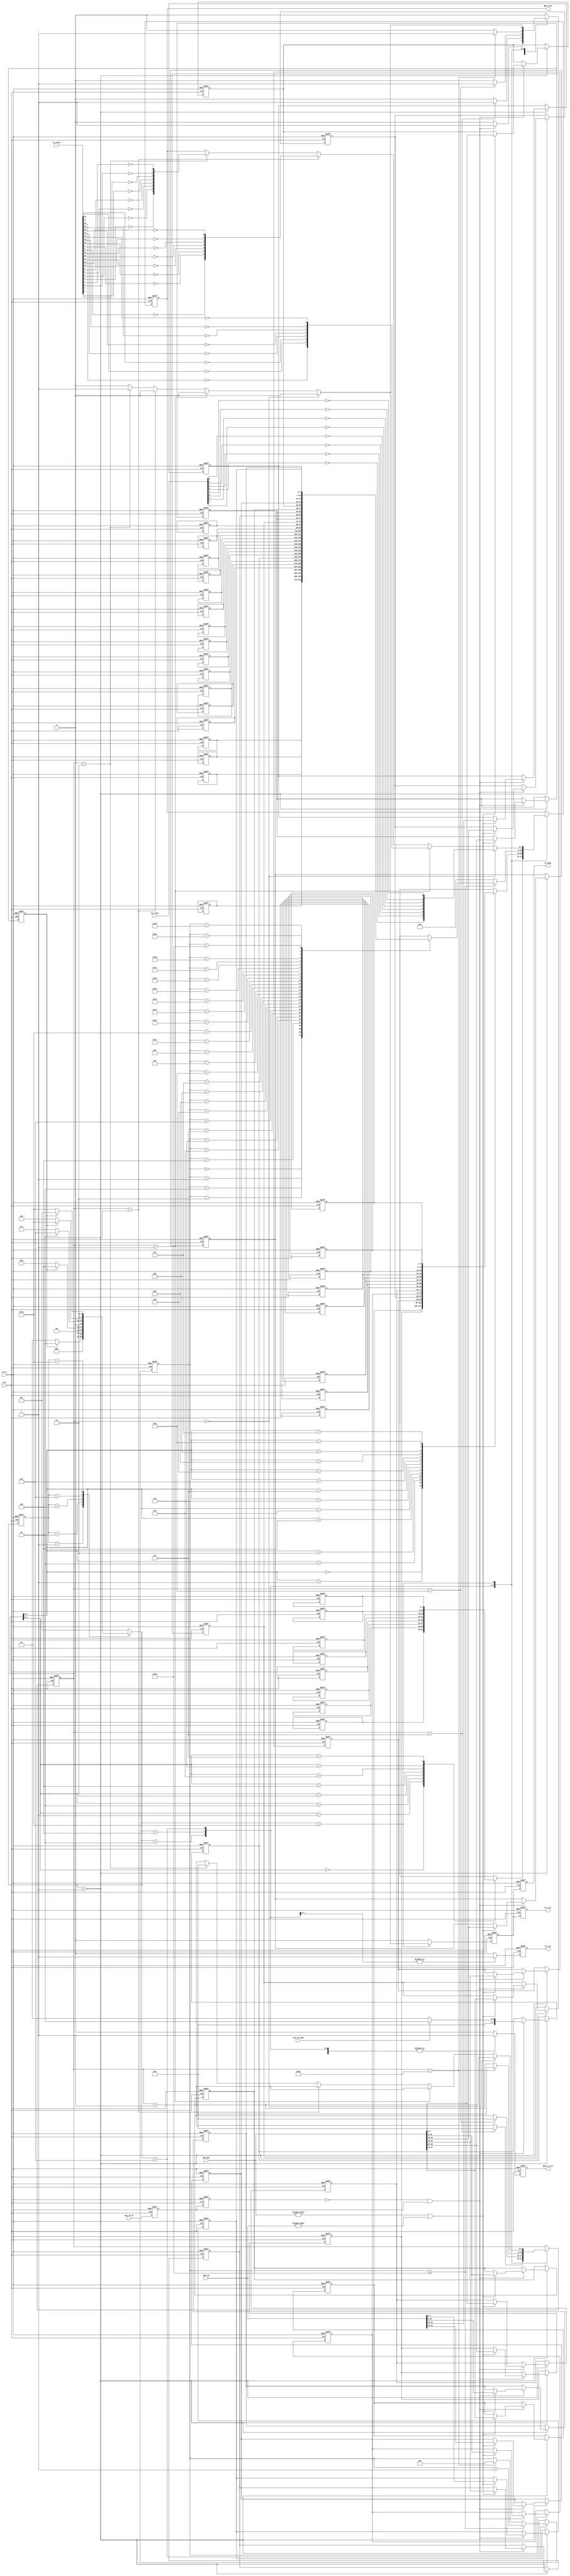
//****************************************Copyright (c)***********************************//
//www.yuanzige.com
//www.openedv.com
//http://openedv.taobao.com 
//""ZYNQ & FPGA & STM32 & LINUX
//
//Copyright(C)  2018-2028
//All rights reserved                                  
//----------------------------------------------------------------------------------------
// File name:           arp_tx
// Last modified Date:  2020/2/13 9:20:14
// Last Version:        V1.0
// Descriptions:        arp
//----------------------------------------------------------------------------------------
// Created by:          
// Created date:        2020/2/13 9:20:14
// Version:             V1.0
// Descriptions:        The original version
//
//----------------------------------------------------------------------------------------
//****************************************************************************************//

module arp_tx( 
    input                clk        , //
    input                rst_n      , //
    
    input                arp_tx_en  , //ARP
    input                arp_tx_type, //ARP 0:  1:
    input        [47:0]  des_mac    , //MAC
    input        [31:0]  des_ip     , //IP
    input        [31:0]  crc_data   , //CRC
    input         [7:0]  crc_next   , //CRC
    output  reg          tx_done    , //
    output  reg          gmii_tx_en , //GMII
    output  reg  [7:0]   gmii_txd   , //GMII
    output  reg          crc_en     , //CRC
    output  reg          crc_clr      //CRC 
    );

//parameter define
//MAC 00-11-22-33-44-55
parameter BOARD_MAC = 48'h00_11_22_33_44_55;
//IP 192.168.1.10
parameter BOARD_IP  = {8'd192,8'd168,8'd1,8'd10}; 
//MAC ff_ff_ff_ff_ff_ff
parameter  DES_MAC   = 48'hff_ff_ff_ff_ff_ff;
//IP 192.168.1.102     
parameter  DES_IP    = {8'd192,8'd168,8'd1,8'd102};

localparam  st_idle      = 5'b0_0001; //
localparam  st_preamble  = 5'b0_0010; //+
localparam  st_eth_head  = 5'b0_0100; //
localparam  st_arp_data  = 5'b0_1000; //
localparam  st_crc       = 5'b1_0000; //CRC

localparam  ETH_TYPE     = 16'h0806 ; // ARP
localparam  HD_TYPE      = 16'h0001 ; // 
localparam  PROTOCOL_TYPE= 16'h0800 ; //IP
//46,
localparam  MIN_DATA_NUM = 16'd46   ;    

//reg define
reg  [4:0]  cur_state     ;
reg  [4:0]  next_state    ;
                          
reg  [7:0]  preamble[7:0] ; //+SFD
reg  [7:0]  eth_head[13:0]; //
reg  [7:0]  arp_data[27:0]; //ARP
                            
reg         tx_en_d0      ; //arp_tx_en
reg         tx_en_d1      ; 
reg         skip_en       ; //
reg  [5:0]  cnt           ; 
reg  [4:0]  data_cnt      ; //
reg         tx_done_t     ; 
                                
//wire define                   
wire        pos_tx_en     ; //arp_tx_en

//*****************************************************
//**                    main code
//*****************************************************

assign  pos_tx_en = (~tx_en_d1) & tx_en_d0;
                           
//arp_tx_en,arp_tx_en
always @(posedge clk or negedge rst_n) begin
    if(!rst_n) begin
        tx_en_d0 <= 1'b0;
        tx_en_d1 <= 1'b0;
    end    
    else begin
        tx_en_d0 <= arp_tx_en;
        tx_en_d1 <= tx_en_d0;
    end
end 

//()
always @(posedge clk or negedge rst_n) begin
    if(!rst_n)
        cur_state <= st_idle;  
    else
        cur_state <= next_state;
end

//
always @(*) begin
    next_state = st_idle;
    case(cur_state)
        st_idle : begin                     //
            if(skip_en)                
                next_state = st_preamble;
            else
                next_state = st_idle;
        end                          
        st_preamble : begin                 //+
            if(skip_en)
                next_state = st_eth_head;
            else
                next_state = st_preamble;      
        end
        st_eth_head : begin                 //
            if(skip_en)
                next_state = st_arp_data;
            else
                next_state = st_eth_head;      
        end              
        st_arp_data : begin                 //ARP                      
            if(skip_en)
                next_state = st_crc;
            else
                next_state = st_arp_data;      
        end
        st_crc: begin                       //CRC
            if(skip_en)
                next_state = st_idle;
            else
                next_state = st_crc;      
        end
        default : next_state = st_idle;   
    endcase
end                      

//
always @(posedge clk or negedge rst_n) begin
    if(!rst_n) begin
        skip_en <= 1'b0; 
        cnt <= 6'd0;
        data_cnt <= 5'd0;
        crc_en <= 1'b0;
        gmii_tx_en <= 1'b0;
        gmii_txd <= 8'd0;
        tx_done_t <= 1'b0; 
        
        //    
        // 78'h55 + 18'hd5 
        preamble[0] <= 8'h55;                
        preamble[1] <= 8'h55;
        preamble[2] <= 8'h55;
        preamble[3] <= 8'h55;
        preamble[4] <= 8'h55;
        preamble[5] <= 8'h55;
        preamble[6] <= 8'h55;
        preamble[7] <= 8'hd5;
        // 
        eth_head[0] <= DES_MAC[47:40];      //MAC
        eth_head[1] <= DES_MAC[39:32];
        eth_head[2] <= DES_MAC[31:24];
        eth_head[3] <= DES_MAC[23:16];
        eth_head[4] <= DES_MAC[15:8];
        eth_head[5] <= DES_MAC[7:0];        
        eth_head[6] <= BOARD_MAC[47:40];    //MAC
        eth_head[7] <= BOARD_MAC[39:32];    
        eth_head[8] <= BOARD_MAC[31:24];    
        eth_head[9] <= BOARD_MAC[23:16];    
        eth_head[10] <= BOARD_MAC[15:8];    
        eth_head[11] <= BOARD_MAC[7:0];     
        eth_head[12] <= ETH_TYPE[15:8];     //
        eth_head[13] <= ETH_TYPE[7:0];      
        //ARP                           
        arp_data[0] <= HD_TYPE[15:8];       //
        arp_data[1] <= HD_TYPE[7:0];
        arp_data[2] <= PROTOCOL_TYPE[15:8]; //
        arp_data[3] <= PROTOCOL_TYPE[7:0];
        arp_data[4] <= 8'h06;               //,6
        arp_data[5] <= 8'h04;               //,4
        arp_data[6] <= 8'h00;               //OP, 8'h01ARP 8'h02:ARP
        arp_data[7] <= 8'h01;
        arp_data[8] <= BOARD_MAC[47:40];    //()MAC
        arp_data[9] <= BOARD_MAC[39:32];
        arp_data[10] <= BOARD_MAC[31:24];
        arp_data[11] <= BOARD_MAC[23:16];
        arp_data[12] <= BOARD_MAC[15:8];
        arp_data[13] <= BOARD_MAC[7:0];
        arp_data[14] <= BOARD_IP[31:24];    //()IP
        arp_data[15] <= BOARD_IP[23:16];
        arp_data[16] <= BOARD_IP[15:8];
        arp_data[17] <= BOARD_IP[7:0];
        arp_data[18] <= DES_MAC[47:40];     //()MAC
        arp_data[19] <= DES_MAC[39:32];
        arp_data[20] <= DES_MAC[31:24];
        arp_data[21] <= DES_MAC[23:16];
        arp_data[22] <= DES_MAC[15:8];
        arp_data[23] <= DES_MAC[7:0];  
        arp_data[24] <= DES_IP[31:24];      //()IP
        arp_data[25] <= DES_IP[23:16];
        arp_data[26] <= DES_IP[15:8];
        arp_data[27] <= DES_IP[7:0];
    end
    else begin
        skip_en <= 1'b0;
        crc_en <= 1'b0;
        gmii_tx_en <= 1'b0;
        tx_done_t <= 1'b0;
        case(next_state)
            st_idle : begin
                if(pos_tx_en) begin
                    skip_en <= 1'b1;  
                    //MACIP,
                    if((des_mac != 48'b0) || (des_ip != 32'd0)) begin
                        eth_head[0] <= des_mac[47:40];
                        eth_head[1] <= des_mac[39:32];
                        eth_head[2] <= des_mac[31:24];
                        eth_head[3] <= des_mac[23:16];
                        eth_head[4] <= des_mac[15:8];
                        eth_head[5] <= des_mac[7:0];  
                        arp_data[18] <= des_mac[47:40];
                        arp_data[19] <= des_mac[39:32];
                        arp_data[20] <= des_mac[31:24];
                        arp_data[21] <= des_mac[23:16];
                        arp_data[22] <= des_mac[15:8];
                        arp_data[23] <= des_mac[7:0];  
                        arp_data[24] <= des_ip[31:24];
                        arp_data[25] <= des_ip[23:16];
                        arp_data[26] <= des_ip[15:8];
                        arp_data[27] <= des_ip[7:0];
                    end
                    if(arp_tx_type == 1'b0)
                        arp_data[7] <= 8'h01;            //ARP 
                    else 
                        arp_data[7] <= 8'h02;            //ARP
                end    
            end                                                                   
            st_preamble : begin                          //+
                gmii_tx_en <= 1'b1;
                gmii_txd <= preamble[cnt];
                if(cnt == 6'd7) begin                        
                    skip_en <= 1'b1;
                    cnt <= 1'b0;    
                end
                else    
                    cnt <= cnt + 1'b1;                     
            end
            st_eth_head : begin                          //
                gmii_tx_en <= 1'b1;
                crc_en <= 1'b1;
                gmii_txd <= eth_head[cnt];
                if (cnt == 6'd13) begin
                    skip_en <= 1'b1;
                    cnt <= 1'b0;
                end    
                else    
                    cnt <= cnt + 1'b1;    
            end                    
            st_arp_data : begin                          //ARP  
                crc_en <= 1'b1;
                gmii_tx_en <= 1'b1;
                //46
                if (cnt == MIN_DATA_NUM - 1'b1) begin    
                    skip_en <= 1'b1;
                    cnt <= 1'b0;
                    data_cnt <= 1'b0;
                end    
                else    
                    cnt <= cnt + 1'b1;  
                if(data_cnt <= 6'd27) begin
                    data_cnt <= data_cnt + 1'b1;
                    gmii_txd <= arp_data[data_cnt];
                end    
                else
                    gmii_txd <= 8'd0;                    //Padding,0
            end
            st_crc      : begin                          //CRC
                gmii_tx_en <= 1'b1;
                cnt <= cnt + 1'b1;
                if(cnt == 6'd0)
                    gmii_txd <= {~crc_next[0], ~crc_next[1], ~crc_next[2],~crc_next[3],
                                 ~crc_next[4], ~crc_next[5], ~crc_next[6],~crc_next[7]};
                else if(cnt == 6'd1)
                    gmii_txd <= {~crc_data[16], ~crc_data[17], ~crc_data[18],
                                 ~crc_data[19], ~crc_data[20], ~crc_data[21], 
                                 ~crc_data[22],~crc_data[23]};
                else if(cnt == 6'd2) begin
                    gmii_txd <= {~crc_data[8], ~crc_data[9], ~crc_data[10],
                                 ~crc_data[11],~crc_data[12], ~crc_data[13], 
                                 ~crc_data[14],~crc_data[15]};                              
                end
                else if(cnt == 6'd3) begin
                    gmii_txd <= {~crc_data[0], ~crc_data[1], ~crc_data[2],~crc_data[3],
                                 ~crc_data[4], ~crc_data[5], ~crc_data[6],~crc_data[7]};  
                    tx_done_t <= 1'b1;
                    skip_en <= 1'b1;
                    cnt <= 1'b0;
                end                                                                                                                                            
            end                          
            default :;  
        endcase                                             
    end
end            

//crc
always @(posedge clk or negedge rst_n) begin
    if(!rst_n) begin
        tx_done <= 1'b0;
        crc_clr <= 1'b0;
    end
    else begin
        tx_done <= tx_done_t;
        crc_clr <= tx_done_t;
    end
end

endmodule